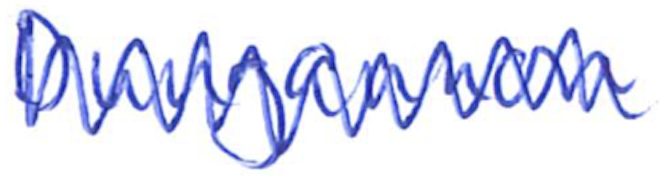
Text: Dungannon
Cross-out: zig-zag
Writing tool: ballpoint